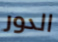
الدور